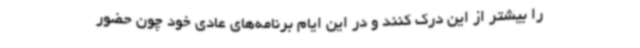
را بیشتر از این درک کنند و در این ایام برنامه‌های عادی خود چون حضور